Statistics compiled by the Government of India from the reports of provincial Civil Veterinary Departments
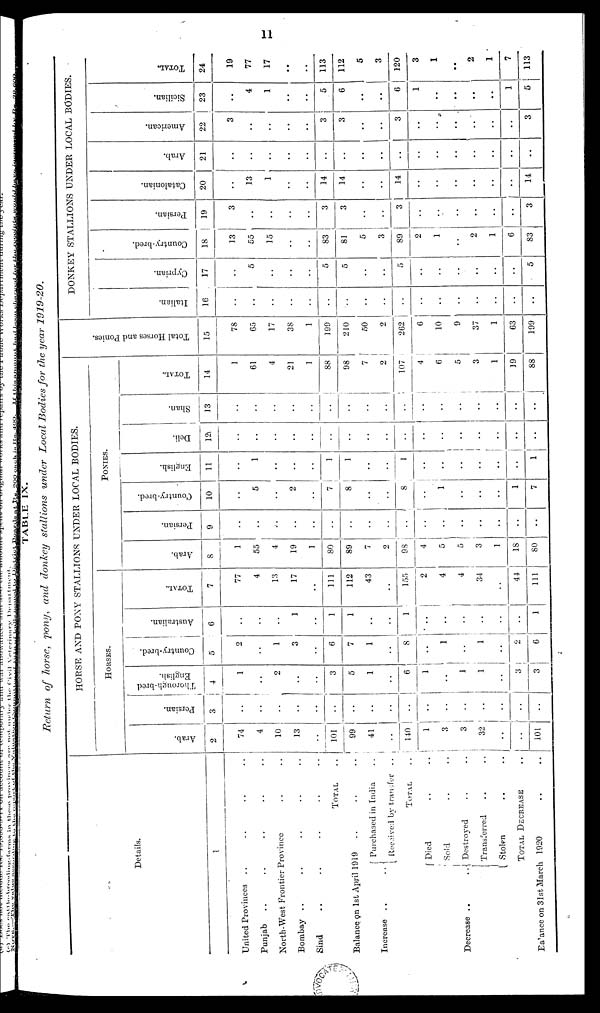
11
TABLE IX.
Return
of horse,
pony,
and donkey
stallions
under
Local
Bodies
for the year
1919-20.
Details.
1
United Provinces .. .. .. ..
Punjab .. .. .. .. ..
North-West Frontier
Province
..
..
Bombay .. .. .. .. ..
Sind
..
..
..
..
..
TOTAL ..
Balance on 1st April
1919
..
..
..
Increase ..
..
Purchased in India
..
Received by transfer
..
TOTAL ..
Decrease ..
..
Died
..
..
Sold .. ..
Destroyed .. ..
Transferred
..
..
Stolen
..
..
TOTAL DECREASE ..
Balance on 31st March 1920 .. ..
HORSE AND PONY STALLIONS UNDER LOCAL BODIES
HORSES.
Arab.
2
74
4
10
13
..
101
99
41
..
140
1
3
3
32
..
..
101
Persian.
3
..
..
..
..
..
..
..
..
..
..
..
..
..
..
..
..
..
Thorough-bred
English.
4
1
..
2
..
..
3
5
1
..
6
1
..
1
1
..
3
3
Country-bred.
5
2
..
1
3
..
6
7
1
..
8
..
1
..
1
..
2
6
Australian.
6
..
..
..
1
..
1
1
..
..
1
..
..
..
..
..
..
1
TOTAL.
7
77
4
13
17
..
111
112
43
..
155
2
4
4
34
..
44
111
PONIES.
Arab.
8
1
55
4
19
1
80
89
7
2
98
4
5
5
3
1
18
80
Persian.
9
..
..
..
..
..
..
..
..
..
..
..
..
..
..
..
..
..
Country-bred.
10
..
5
..
2
..
7
8
..
..
8
..
1
..
..
..
1
7
English.
11
..
1
..
..
..
1
1
..
..
1
..
..
..
..
..
..
1
Deli.
12
..
..
..
..
..
..
..
..
..
..
..
..
..
..
..
..
..
Shan.
13
..
..
..
..
..
..
..
..
..
..
..
..
..
..
..
..
..
TOTAL.
14
1
61
4
21
1
88
98
7
2
107
4
6
..
3
1
19
88
Tot al Hor s es and Poni es.
15
78
65
17
38
1
199
210
50
2
262
6
10
9
37
1
63
199
DONKEY STALLIONS UNDER LOCAL BODIES.
I t al i an.
16
..
..
..
..
..
..
..
..
..
..
..
..
..
..
..
..
..
Cypr i
an.
17
..
5
..
..
..
5
5
..
..
5
..
..
..
..
..
..
5
Country-bred.
18
13
55
15
..
..
83
81
5
3
89
2
1
..
2
1
6
83
Per si an.
19
3
..
..
..
..
3
3
..
..
3
..
..
..
..
..
..
3
Cat al oni an.
20
..
13
1
..
..
14
14
..
..
14
..
..
..
..
..
..
14
Ar ab.
21
..
..
..
..
..
..
..
..
..
..
..
..
..
..
..
..
..
Ame r
i
c a n.
22
3
..
..
..
..
3
3
..
..
3
..
..
..
..
..
..
3
Si ci l i an.
23
..
4
1
..
..
5
6
..
..
6
1
..
..
..
..
1
5
TOTAL.
24
19
77
17
..
..
113
112
5
3
120
3
1
..
2
1
7
113